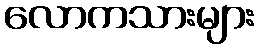
လောကသားများ